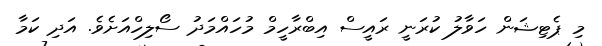
މި ޕެޓިޝަން ހަވާލު ކުރަނީ ރައީސް އިބްރާހީމް މުހައްމަދު ސޯލިހްއަށެވެ. އަދި ކަމާ